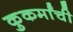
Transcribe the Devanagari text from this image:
कुकर्मांची